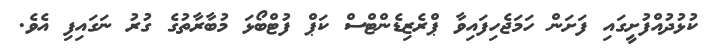
ކުޅުދުއްފުށީގައި ފަށަން ހަމަޖެހިފައިވާ ޕްރެޒިޑެންޓްސް ކަޕް ފުޓްބޯޅަ މުބާރާތުގެ ގުރު ނަގައިފި އެވެ.